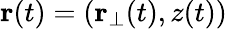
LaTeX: {\mathbf r}(t)=({\mathbf r}_{\perp}(t),z(t))